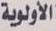
الأولوية